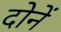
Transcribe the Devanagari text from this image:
दोनें